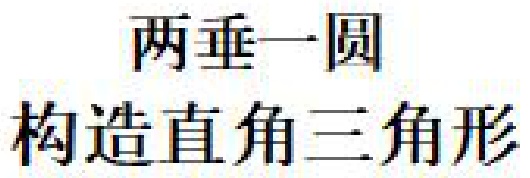
两垂一圆
构造直角三角形